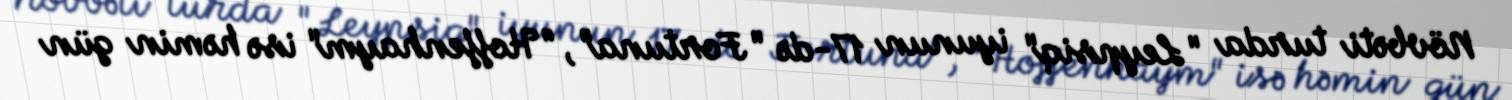
Növbəti turda "Leypsiq" iyunun 17-də "Fortuna", "Hoffenhaym" isə həmin gün